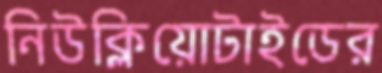
নিউক্লিয়োটাইডের